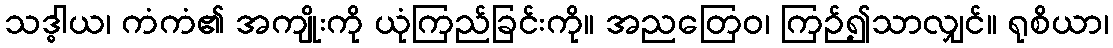
သဒ္ဓါယ၊ ကံကံ၏ အကျိုးကို ယုံကြည်ခြင်းကို။ အညတြေဝ၊ ကြဉ်၍သာလျှင်။ ရုစိယာ၊